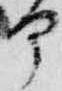
部